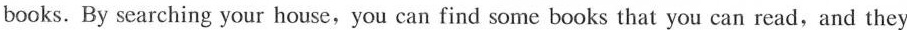
books. By searching your house,you can find some books that you can read,and they